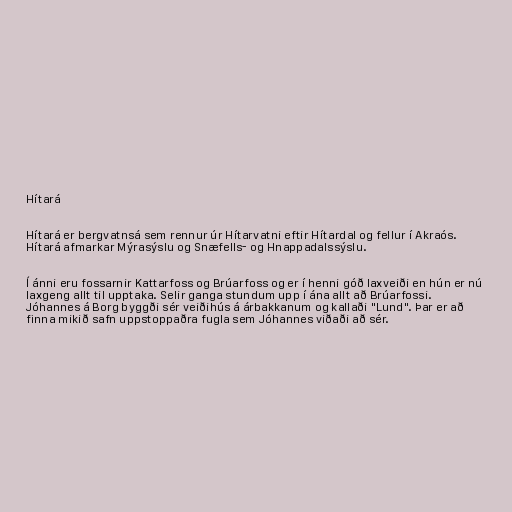
Hítará

Hítará er bergvatnsá sem rennur úr Hítarvatni eftir Hítardal og fellur í Akraós.
Hítará afmarkar Mýrasýslu og Snæfells- og Hnappadalssýslu.

Í ánni eru fossarnir Kattarfoss og Brúarfoss og er í henni góð laxveiði en hún er nú
laxgeng allt til upptaka. Selir ganga stundum upp í ána allt að Brúarfossi.
Jóhannes á Borg byggði sér veiðihús á árbakkanum og kallaði "Lund". Þar er að
finna mikið safn uppstoppaðra fugla sem Jóhannes viðaði að sér.